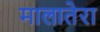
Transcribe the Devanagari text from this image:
मालातेरा